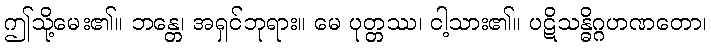
ဤသို့မေး၏။ ဘန္တေ၊ အရှင်ဘုရား။ မေ ပုတ္တဿ၊ ငါ့သား၏။ ပဋိသန္ဓိဂ္ဂဟဏတော၊